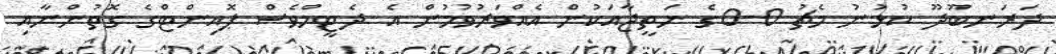
ދަރަނބޫދޫ ކުޅުނު މެޗު 0-0ގެ ނަތީޖާއަކުން އެއްވަރުވުމުން އެ ދެޓީމްވެސް ޕޮއިންޓްގެ ގޮތުންނާއި